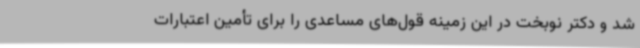
شد و دکتر نوبخت در این زمینه قول‌های مساعدی را برای تأمین اعتبارات